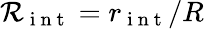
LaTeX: \mathcal{R}_{\mathrm{~i~n~t~}}=r_{\mathrm{~i~n~t~}}/R